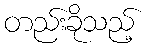
တည်းခိုသည့်